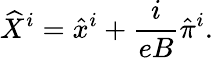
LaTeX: \widehat{X}^{i}=\hat{x}^{i}+\frac{i}{eB}\hat{\pi}^{i}.